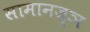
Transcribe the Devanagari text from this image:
सामानज्ञ